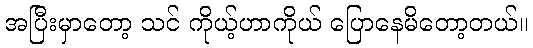
အပြီးမှာတော့ သင် ကိုယ့်ဟာကိုယ် ပြောနေမိတော့တယ်။